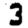
Digit: 3